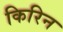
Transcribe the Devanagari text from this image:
किरिन